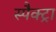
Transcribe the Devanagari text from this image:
स्पैक्ट्रा